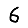
Digit: 6